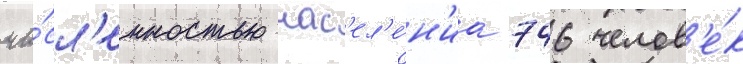
чи́сл'енностью нас'ел'е́н'иа 746 челов'е́к